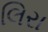
લિરા